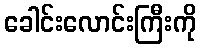
ခေါင်းလောင်းကြီးကို